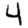
Digit: 4